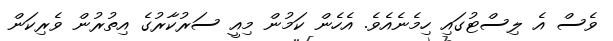
ވެސް އެ ލިސްޓުގައި ހިމެނެއެވެ. އެހެން ކަމުން މިއީ ސަރުކާރުގެ އިތުރުން ވެރިކަން